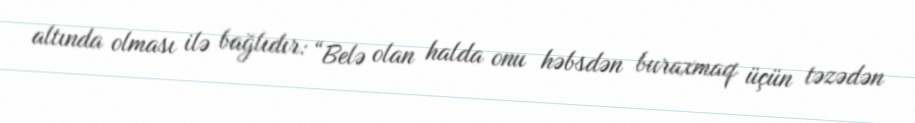
altında olması ilə bağlıdır: “Belə olan halda onu həbsdən buraxmaq üçün təzədən